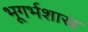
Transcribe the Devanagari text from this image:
भूगर्भशास्र